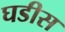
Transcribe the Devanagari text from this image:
घडीस